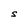
Character: S